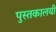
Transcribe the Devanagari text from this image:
पुस्तकालयी